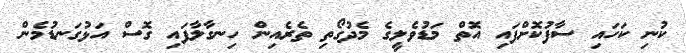
ކުނި ކަހައި ސާފުކޮށްފައި އޮތް މަޑުވެލީގެ މެދުގޯތި ތެރެއިން ހިނގާލާފައި ގޮސް އަޅުގަނޑުމެން